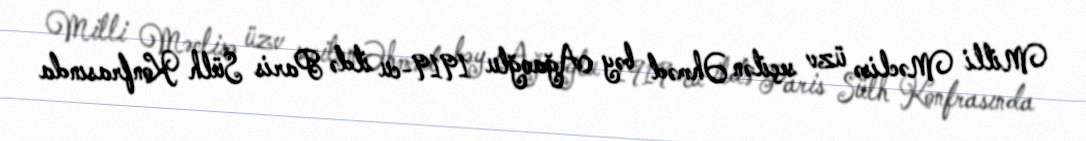
Milli Məclisə üzv seçilən Əhməd bəy Ağaoğlu 1919-cu ildə Paris Sülh Konfrasında